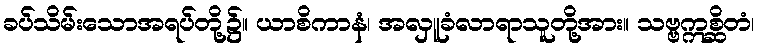
ခပ်သိမ်းသောအရပ်တို့၌။ ယာစိကာနံ၊ အလှူခံလာရာသူတို့အား။ သဗ္ဗဣစ္ဆိတံ၊